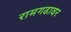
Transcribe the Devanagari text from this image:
रामगढावर